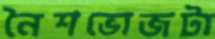
নৈশভোজটা